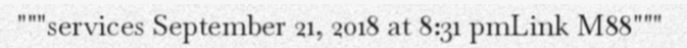
"""services September 21, 2018 at 8:31 pmLink M88"""